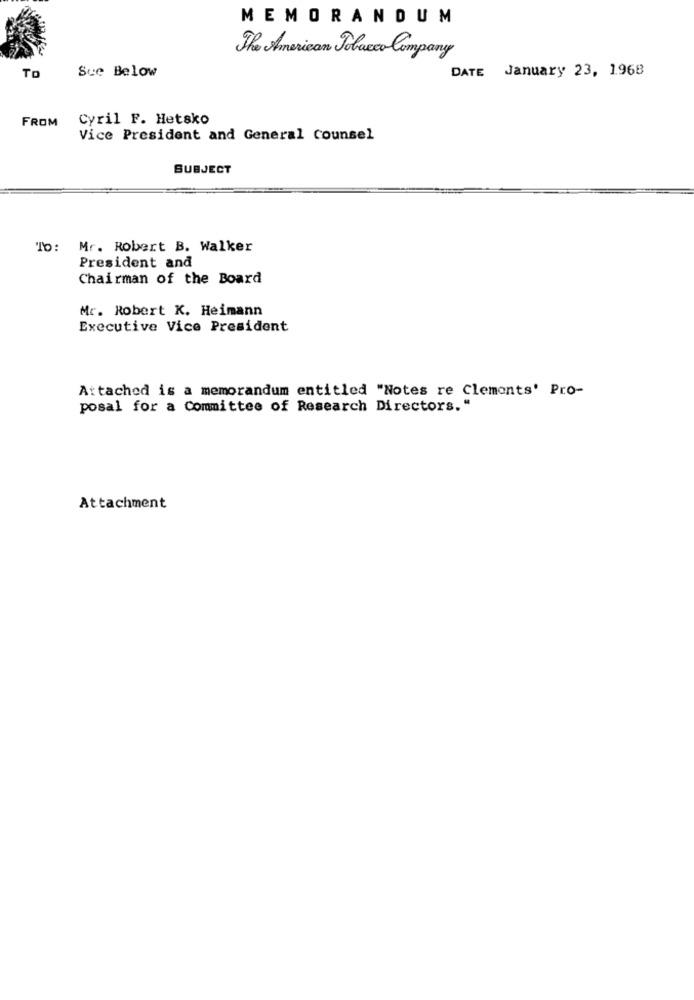
MEMORANDUM
The American Polacco Company
To
Sce Below
DATE January 23, 1968
FROM
Cyril F. Hetsko
Vice President and General Counsel
SUBJECT
To: Mr. Robert B. Walker
President and
Chairman of the Board
Mr. Robert K. Heimann
Executive Vice President
Attached is a memorandum entitled "Notes re Clements' Pro-
posal for a Committee of Research Directors."
Attachment